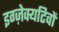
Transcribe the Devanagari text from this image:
इग्ज़ेक्यटिवों